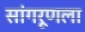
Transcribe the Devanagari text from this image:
सांगरूणला